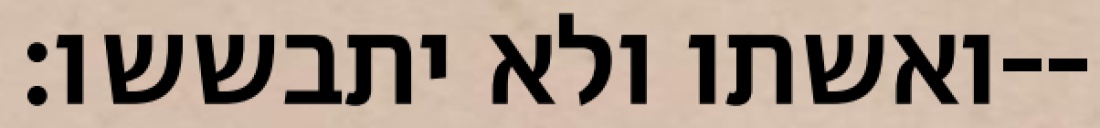
ואשתו ולא יתבששו׃--